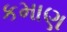
કમાણ